Statistical return of the lunatic asylum in Assam - 1912-1932
Year: 1912
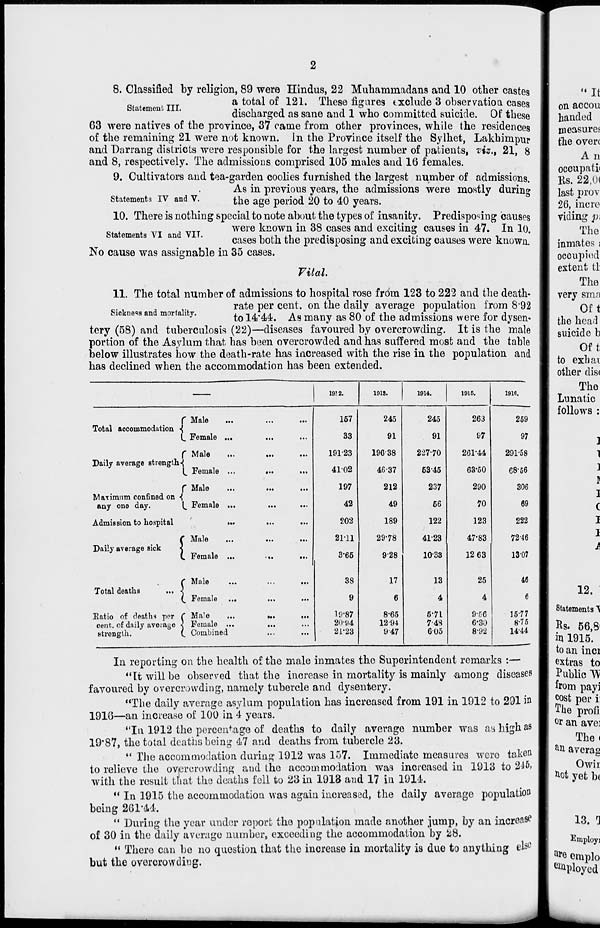
8. Classified by religion, 89 were Hindus, 22 Muhamrnadans and 10 other castes
Stat ntiil
a total of 121. These figures exclude 3 observation cases
discharged as sane and 1 who committed suicide. Of these
63 were natives of the province, 37 came from other provinces, while the residences
of the remaining 21 were not known. In the Province itself the Sylhet, Lakhimpur
and Darrang districts were responsible for the largest number of patients, viz*, 21, 8
and 8, respectively. The admissions comprised 105 males and 16 females.
9. Cultivators and tea-garden coolies furnished the largest number of admissions.
As in previous years, the admissions were mostly during
Statements IV and V.
^e a g e period 20 to 40 years.
10. There is nothing special to note about the types of insanity. Predisposing causes
were known in 38 cases and exciting causes in 47. In 10.
cases both the predisposing and exciting causes were known.
Statements VI and VIT.
No cause was assignable in 35 cases.
Vital.
11. The total number of admissions to hospital rose from 123 to 222 and the death-
rate per cent, on the daily average population from 892
Sickness and mortallfcy -
to U'te. As many as 80 of the admissions were for dysen-
tery (58) and tuberculosis (22)—diseases favoured by overcrowding. It is the male
portion of the Asylum that has been overcrowded and has suffered most and the table
below illustrates how the death-rate has increased with the rise in the population and
has declined when the accommodation has been extended.
1912.
1918.
1914.
1915.
1916.
f Male
Total accommodation ■{
(. Female ...
...
...
157
33
245
91
245
91
263
97
259
97
f Male
...
191-23
19638
227-70
261-44
291-58
Daily average strength^
L Female ...
...
...
41-02
46-37
53-45
63-50
68-56
f Male
...
197
212
237
290
306
Maximum confined on ■{
any one day.
^ Female ...
...
...
42
49
66
70
69
Admission to hospital
...
...
...
202
189
122
123
222
C Male
2111
29-78
41-23
47-83
72-46
Daily average sick
<
C Female ...
...
...
3-66
928
1033
12 63
13-07
r Male
38
17
13
25
45
Total deaths
... <
(_ Female ...
...
...
9
6
4
4
6
Eatio of deaths per C Male
...
cent, of daily average < Female ...
strength.
(. Combined
»«•
...
19-87
20-94
21*23
8-65
1294
947
6-71
7-4S
605
9-C6
6-30
8-92
15-77
8-75
1444
In reporting on the health of the male inmates the Superintendent remarks :—
"Tt will be observed that the increase in mortality is mainly -among diseases
favoured by overcrowding, namely tubercle and dysentery.
"The daily average asylum population has increased from 191 in 1912 to 291 in
1916—an increase of 100 in 4 years.
"In 1912 the percentage of deaths to daily average number was ay high as
19'87, the total deaths being 47 and deaths from tubercle 23.
" The accommodation during 1912 was 157. Immediate measures were taken
to relieve the overcrowding and the accommodation was increased in 1913 to 2-i-6»
with the result tnat the deaths fell to 23 in 1913 and 17 in 1911.
" In 1915 the accommodation was again increased, the daily average population
being 261*4.4.
" During the year under report the population made another jump, by an increase
of 30 in the daily average number, exceeding the accommodation by 28.
" There can bo no question that the increase in mortality is due to anything els°
but the overcrowding.